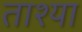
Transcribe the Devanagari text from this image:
ताश्या